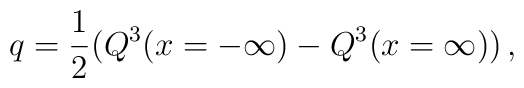
q = {1 \over 2}( Q^3(x= -\infty) - Q^3(x= \infty))\,,